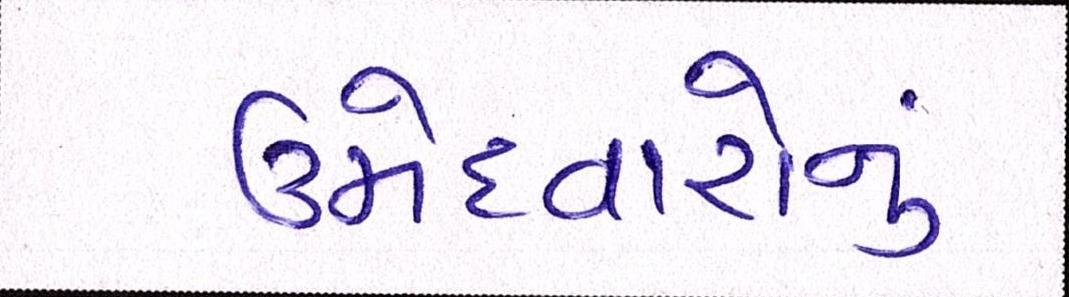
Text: ઉમેદવારોનું